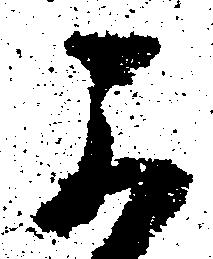
可